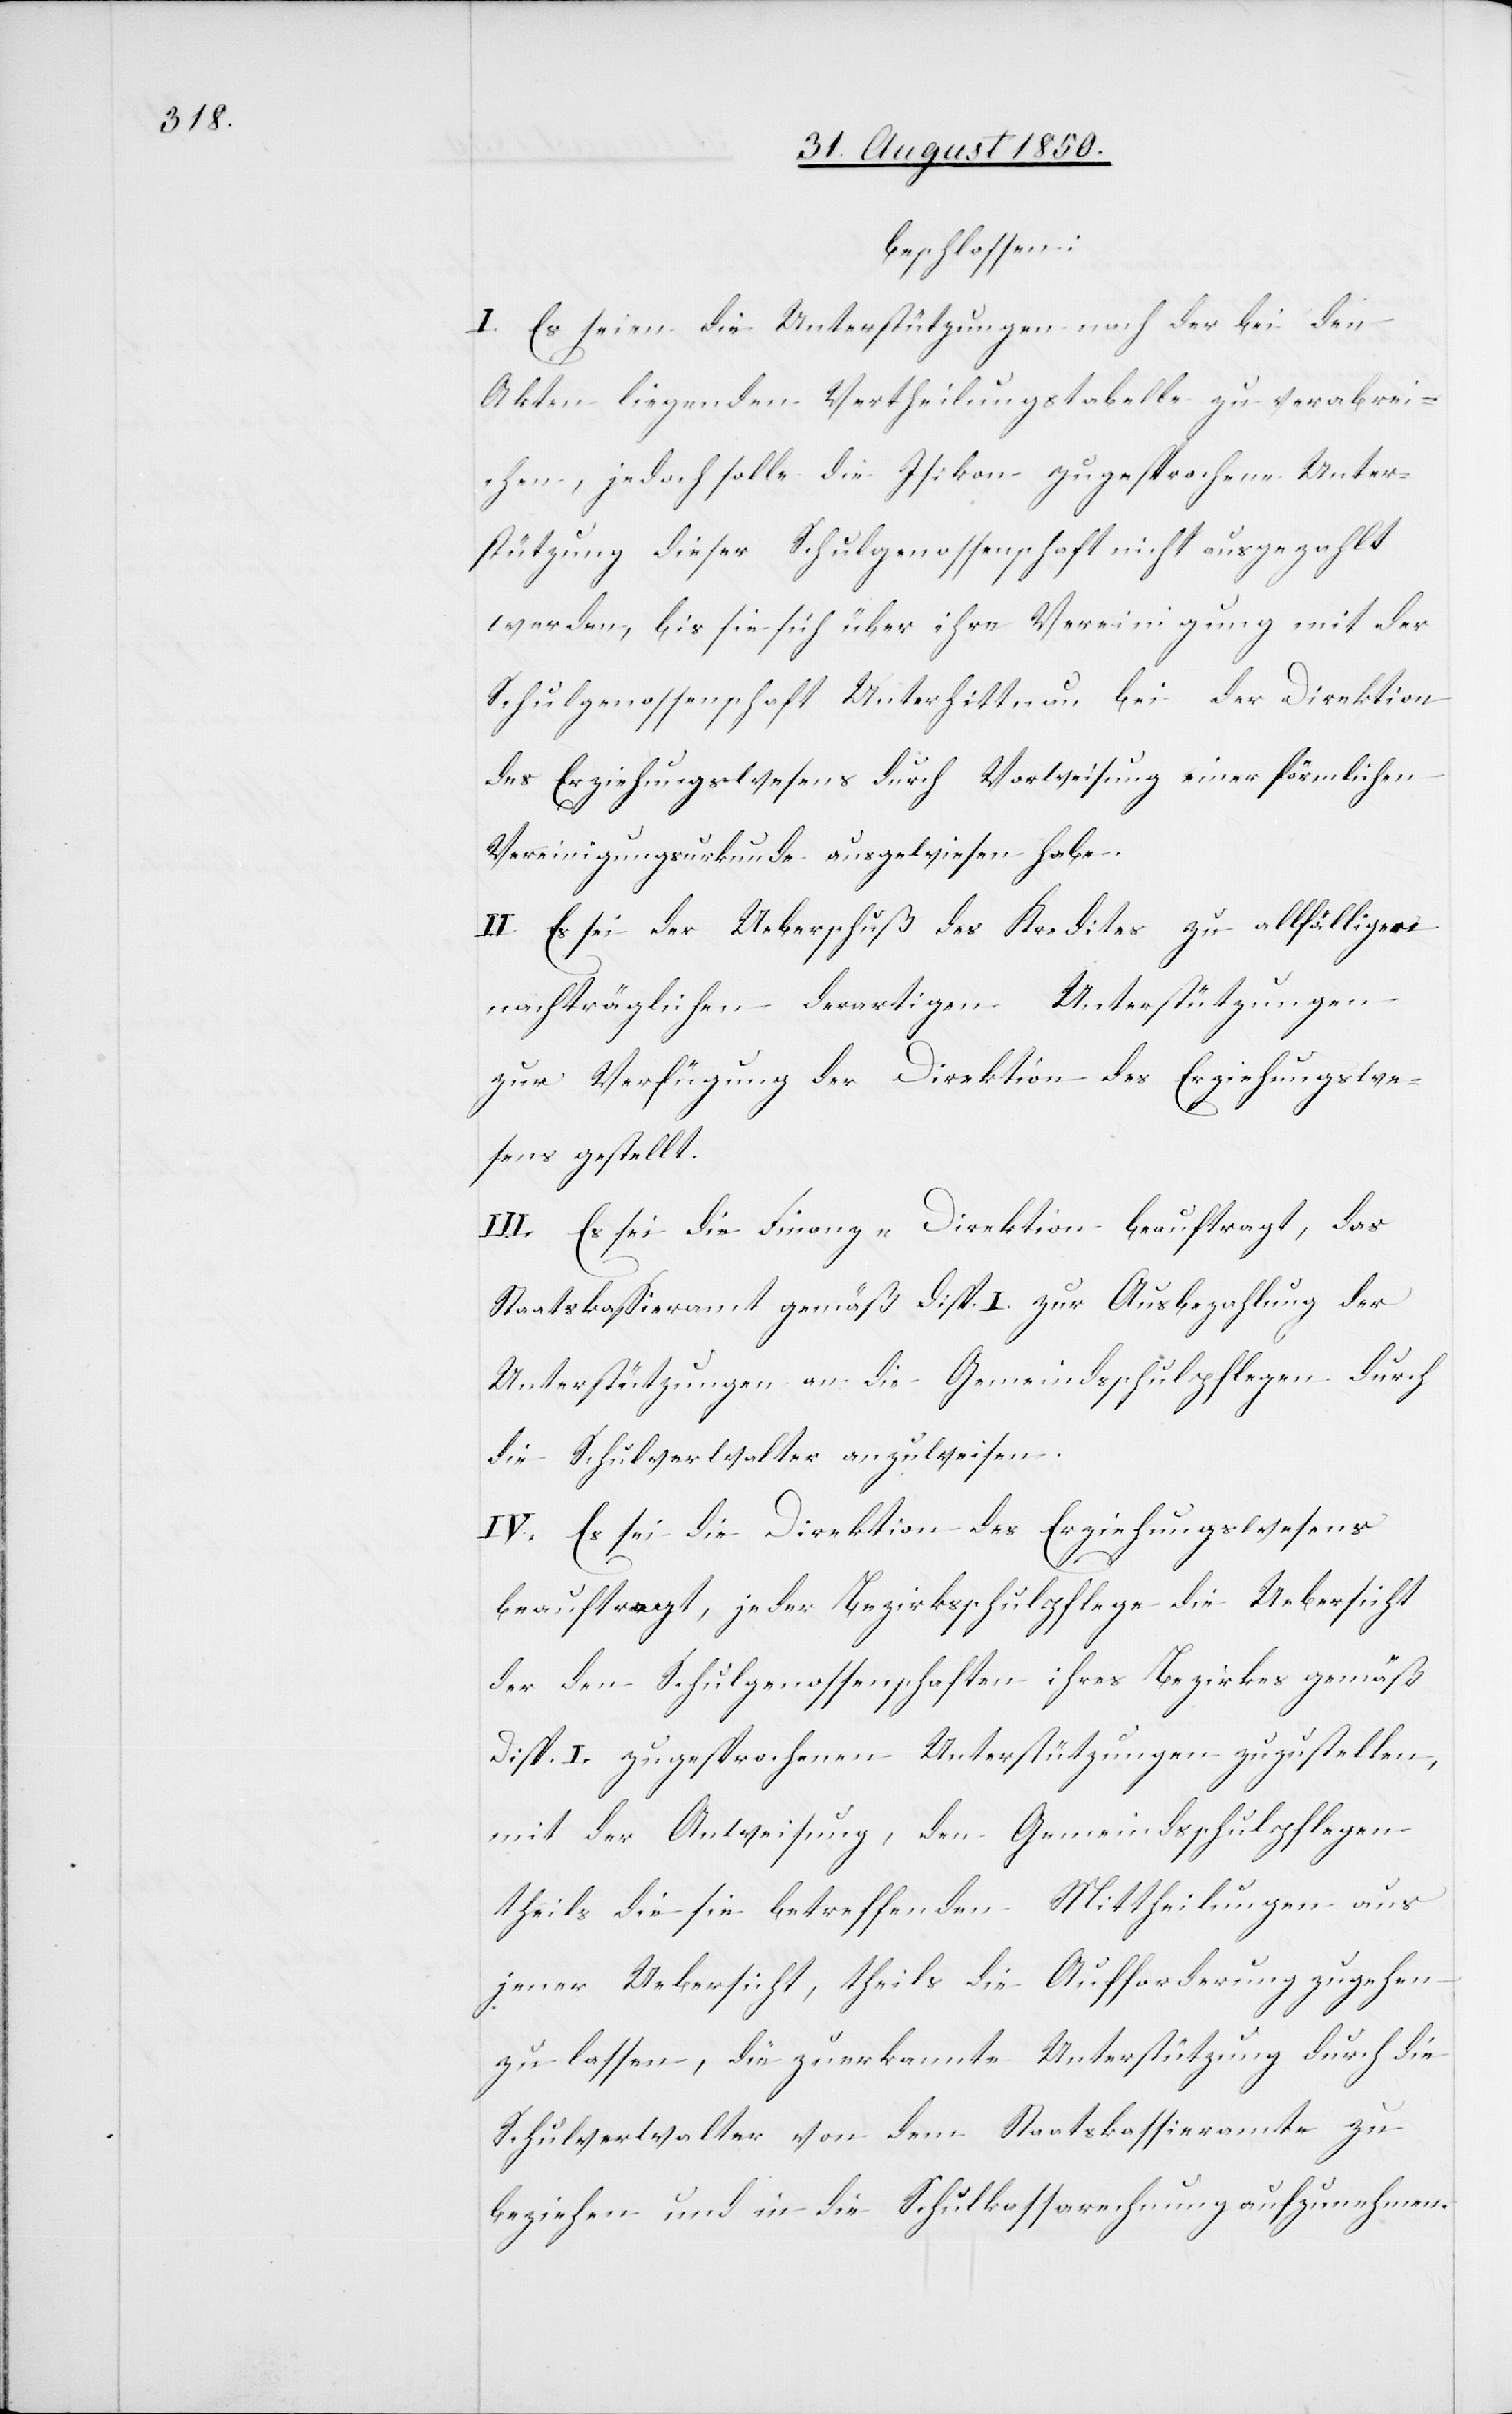
beschlossen:
I. Es seien die Unterstützungen nach der bei den
Akten liegenden Vertheilungstabelle zu verabrei¬
chen, jedoch solle die Isikon zugesprochene Unter¬
stützung dieser Schulgenossenschaft nicht ausgezahlt
werden, bis sie sich über ihre Vereinigung mit der
Schulgenossenschaft Unterhittnau bei der Direktion
des Erziehungswesens durch Vorweisung einer förmlichen
Vereinigungsurkunde ausgewiesen habe.
II. Es sei der Ueberschuß des Kredites zu allfälligen
nachträglichen derartigen Unterstützungen
zur Verfügung der Direktion des Erziehungswe¬
sens gestellt.
III. Es sei die Finanz-Direktion beauftragt, das
Staatskassieramt gemäß Disp. I. zur Ausbezahlung der
Unterstützungen an die Gemeindsschulpflegen durch
die Schulverwalter anzuweisen.
IV. Es sei die Direktion des Erziehungswesens
beauftragt, jeder Bezirksschulpflege die Uebersicht
der den Schulgenossenschaften ihres Bezirkes gemäß
Disp. I. zugesprochenen Unterstützungen zuzustellen,
mit der Anweisung, den Gemeindsschulpflegen
theils die sie betreffenden Mittheilungen aus
jener Uebersicht, theils die Aufforderung zugehen
zu lassen, die zuerkannte Unterstützung durch die
Schulverwalter von dem Staatskassieramte zu
beziehen und in die Schulkassarechnung aufzunehmen.